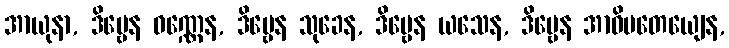
အာယုနာ, ဒိဗ္ဗေန ဝဏ္ဏေန, ဒိဗ္ဗေန သုခေန, ဒိဗ္ဗေန ယသေန, ဒိဗ္ဗေန အာဓိပတေယျေန,